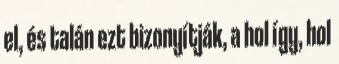
el, és talán ezt bizonyítják, a hol így, hol